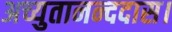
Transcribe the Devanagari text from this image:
अच्युतानन्ददास।